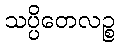
သပ္ပိတေလဉ္စ